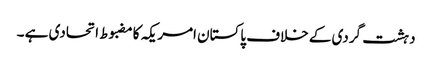
دہشت گردی کے خلاف پاکستان امریکہ کامضبوط اتحادی ہے ۔